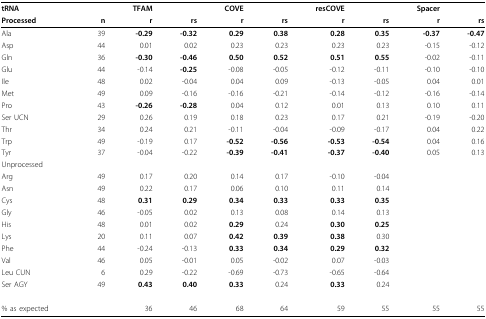
<table><thead><tr><td><b>tRNA</b></td><td></td><td><b>TFAM</b></td><td></td><td><b>COVE</b></td><td></td><td><b>resCOVE</b></td><td></td><td><b>Spacer</b></td><td></td></tr><tr><td><b>Processed</b></td><td><b>n</b></td><td><b>r</b></td><td><b>rs</b></td><td><b>r</b></td><td><b>rs</b></td><td><b>r</b></td><td><b>rs</b></td><td><b>r</b></td><td><b>rs</b></td></tr></thead><tbody><tr><td>Ala</td><td>39</td><td><b>-0.29</b></td><td><b>-0.32</b></td><td><b>0.29</b></td><td><b>0.38</b></td><td><b>0.28</b></td><td><b>0.35</b></td><td><b>-0.37</b></td><td><b>-0.47</b></td></tr><tr><td>Asp</td><td>44</td><td>0.01</td><td>0.02</td><td>0.23</td><td>0.23</td><td>0.23</td><td>0.23</td><td>-0.15</td><td>-0.12</td></tr><tr><td>Gln</td><td>36</td><td><b>-0.30</b></td><td><b>-0.46</b></td><td><b>0.50</b></td><td><b>0.52</b></td><td><b>0.51</b></td><td><b>0.55</b></td><td>-0.02</td><td>-0.11</td></tr><tr><td>Glu</td><td>44</td><td>-0.14</td><td><b>-0.25</b></td><td>-0.08</td><td>-0.05</td><td>-0.12</td><td>-0.11</td><td>-0.10</td><td>-0.10</td></tr><tr><td>Ile</td><td>48</td><td>0.02</td><td>-0.04</td><td>0.04</td><td>0.09</td><td>-0.13</td><td>-0.05</td><td>0.04</td><td>0.01</td></tr><tr><td>Met</td><td>49</td><td>0.09</td><td>-0.16</td><td>-0.16</td><td>-0.21</td><td>-0.14</td><td>-0.12</td><td>-0.16</td><td>-0.14</td></tr><tr><td>Pro</td><td>43</td><td><b>-0.26</b></td><td><b>-0.28</b></td><td>0.04</td><td>0.12</td><td>0.01</td><td>0.13</td><td>0.10</td><td>0.11</td></tr><tr><td>Ser UCN</td><td>29</td><td>0.26</td><td>0.19</td><td>0.18</td><td>0.23</td><td>0.17</td><td>0.21</td><td>-0.19</td><td>-0.20</td></tr><tr><td>Thr</td><td>34</td><td>0.24</td><td>0.21</td><td>-0.11</td><td>-0.04</td><td>-0.09</td><td>-0.17</td><td>0.04</td><td>0.22</td></tr><tr><td>Trp</td><td>49</td><td>-0.19</td><td>0.17</td><td><b>-0.52</b></td><td><b>-0.56</b></td><td><b>-0.53</b></td><td><b>-0.54</b></td><td>0.04</td><td>0.16</td></tr><tr><td>Tyr</td><td>37</td><td>-0.04</td><td>-0.22</td><td><b>-0.39</b></td><td><b>-0.41</b></td><td><b>-0.37</b></td><td><b>-0.40</b></td><td>0.05</td><td>0.13</td></tr><tr><td>Unprocessed</td><td></td><td></td><td></td><td></td><td></td><td></td><td></td><td></td><td></td></tr><tr><td>Arg</td><td>49</td><td>0.17</td><td>0.20</td><td>0.14</td><td>0.17</td><td>-0.10</td><td>-0.04</td><td></td><td></td></tr><tr><td>Asn</td><td>49</td><td>0.22</td><td>0.17</td><td>0.06</td><td>0.10</td><td>0.11</td><td>0.14</td><td></td><td></td></tr><tr><td>Cys</td><td>48</td><td><b>0.31</b></td><td><b>0.29</b></td><td><b>0.34</b></td><td><b>0.33</b></td><td><b>0.33</b></td><td><b>0.35</b></td><td></td><td></td></tr><tr><td>Gly</td><td>46</td><td>-0.05</td><td>0.02</td><td>0.13</td><td>0.08</td><td>0.14</td><td>0.13</td><td></td><td></td></tr><tr><td>His</td><td>48</td><td>0.01</td><td>0.02</td><td><b>0.29</b></td><td>0.24</td><td><b>0.30</b></td><td><b>0.25</b></td><td></td><td></td></tr><tr><td>Lys</td><td>20</td><td>0.11</td><td>0.07</td><td><b>0.42</b></td><td><b>0.39</b></td><td><b>0.38</b></td><td>0.30</td><td></td><td></td></tr><tr><td>Phe</td><td>44</td><td>-0.24</td><td>-0.13</td><td><b>0.33</b></td><td><b>0.34</b></td><td><b>0.29</b></td><td><b>0.32</b></td><td></td><td></td></tr><tr><td>Val</td><td>46</td><td>0.05</td><td>-0.01</td><td>0.05</td><td>-0.02</td><td>0.07</td><td>-0.03</td><td></td><td></td></tr><tr><td>Leu CUN</td><td>6</td><td>0.29</td><td>-0.22</td><td>-0.69</td><td>-0.73</td><td>-0.65</td><td>-0.64</td><td></td><td></td></tr><tr><td>Ser AGY</td><td>49</td><td><b>0.43</b></td><td><b>0.40</b></td><td><b>0.33</b></td><td>0.24</td><td><b>0.33</b></td><td>0.24</td><td></td><td></td></tr><tr><td>% as expected</td><td></td><td>36</td><td>46</td><td>68</td><td>64</td><td>59</td><td>55</td><td>55</td><td>55</td></tr></tbody></table>